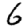
Digit: 6